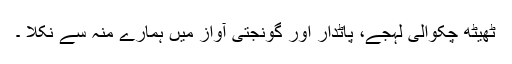
ٹھیٹھ چکوالی لہجے، پاٹدار اور گونجتی آواز میں ہمارے منہ سے نکلا ۔